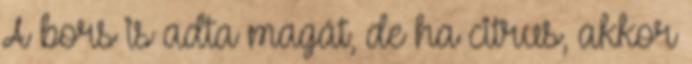
A bors is adta magát, de ha citrus, akkor